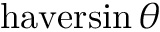
\operatorname { h a v e r s i n } \theta